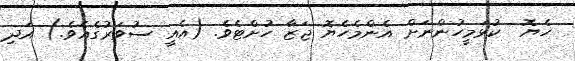
ހެޔޮ  ކުޅަމީހުންނަށް އެންމެހެޔޮ ޖަޒާ ހުށްޓެވެ. (އެއީ ސުވަރުގެއެވެ.) އަދި